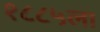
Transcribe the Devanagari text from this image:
१८८५ला